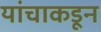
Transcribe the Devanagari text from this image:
यांचाकडून